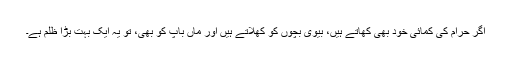
اگر حرام کی کمائی خود بھی کھاتے ہیں، بیوی بچوں کو کھلاتے ہیں اور ماں باپ کو بھی، تو یہ ایک بہت بڑا ظلم ہے۔